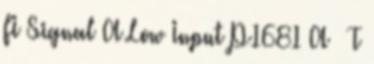
FI Signal A Low Input P1681 A T